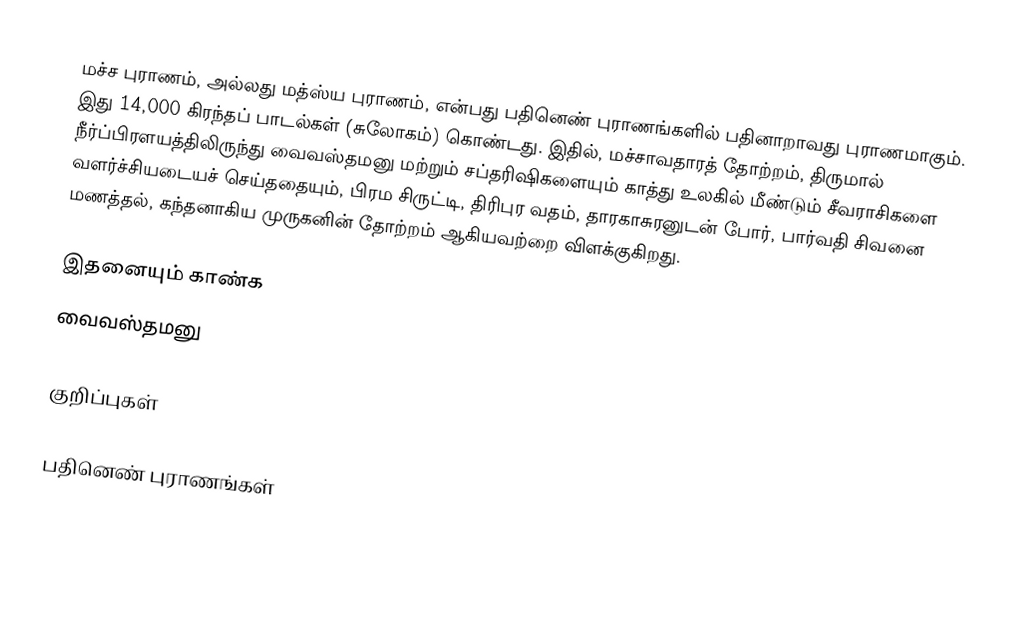
மச்ச புராணம், அல்லது மத்ஸ்ய புராணம், என்பது பதினெண் புராணங்களில் பதினாறாவது புராணமாகும். இது 14,000 கிரந்தப் பாடல்கள் (சுலோகம்) கொண்டது. இதில், மச்சாவதாரத் தோற்றம், திருமால் நீர்ப்பிரளயத்திலிருந்து வைவஸ்தமனு மற்றும் சப்தரிஷிகளையும் காத்து உலகில் மீண்டும் சீவராசிகளை வளர்ச்சியடையச் செய்ததையும், பிரம சிருட்டி, திரிபுர வதம், தாரகாசுரனுடன் போர், பார்வதி சிவனை மணத்தல், கந்தனாகிய முருகனின் தோற்றம் ஆகியவற்றை விளக்குகிறது.

இதனையும் காண்க
 வைவஸ்தமனு

குறிப்புகள்

பதினெண் புராணங்கள்